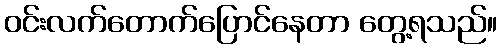
ဝင်းလက်တောက်ပြောင်နေတာ တွေ့ရသည်။